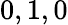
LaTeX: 0,1,0